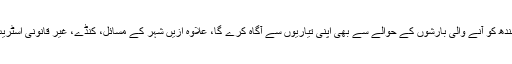
ترجمان نے بتایا کہ ملاقات میں کے الیکٹرک گورنر سندھ کو آنے والی بارشوں کے حوالے سے بھی اپنی تیاریوں سے آگاہ کرے گا، علاوہ ازیں شہر کے مسائل، کنڈے، غیر قانونی اسٹریٹ لائٹس اور کیبلز کے نقصانات پر بات کی جائے گی۔